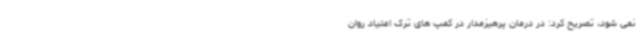
نمی شود، تصریح کرد: در درمان پرهیزمدار در کمپ های ترک اعتیاد روان